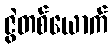
ဇွဲတစ်ယောက်